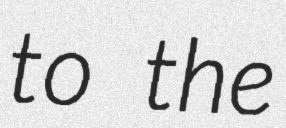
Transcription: to the